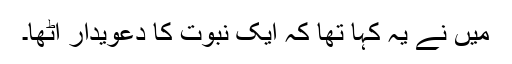
مَیں نے یہ کہا تھا کہ ایک نبوت کا دعویدار اٹھا۔